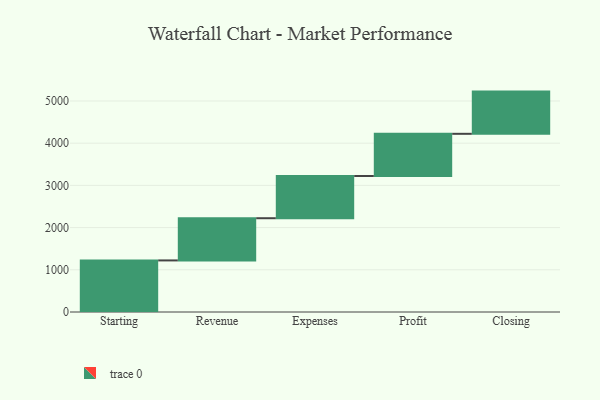
{"axis": {"x": "Step", "y": "Value"}, "legend": [""], "data": [{"x": "Starting", "y": 1222.0, "type": ""}, {"x": "Revenue", "y": 1000, "type": ""}, {"x": "Expenses", "y": 1000, "type": ""}, {"x": "Profit", "y": 1000, "type": ""}, {"x": "Closing", "y": 1000, "type": ""}]}